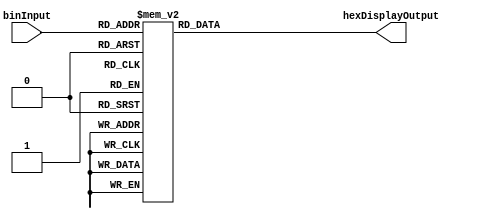
/*Converts 4-digit binary numbers for
 displaying on a seven segment display in hexedecimal*/

module HexDisplayTranslator(binInput, hexDisplayOutput);
    input [3:0] binInput;
    output reg [6:0] hexDisplayOutput;

    always @(*)
        case (binInput)
            4'h0: hexDisplayOutput = 7'b100_0000;
            4'h1: hexDisplayOutput = 7'b111_1001;
            4'h2: hexDisplayOutput = 7'b010_0100;
            4'h3: hexDisplayOutput = 7'b011_0000;
            4'h4: hexDisplayOutput = 7'b001_1001;
            4'h5: hexDisplayOutput = 7'b001_0010;
            4'h6: hexDisplayOutput = 7'b000_0010;
            4'h7: hexDisplayOutput = 7'b111_1000;
            4'h8: hexDisplayOutput = 7'b000_0000;
            4'h9: hexDisplayOutput = 7'b001_1000;
            4'hA: hexDisplayOutput = 7'b000_1000;
            4'hB: hexDisplayOutput = 7'b000_0011;
            4'hC: hexDisplayOutput = 7'b100_0110;
            4'hD: hexDisplayOutput = 7'b010_0001;
            4'hE: hexDisplayOutput = 7'b000_0110;
            4'hF: hexDisplayOutput = 7'b000_1110;
            default: hexDisplayOutput = 7'h7f;
        endcase
endmodule